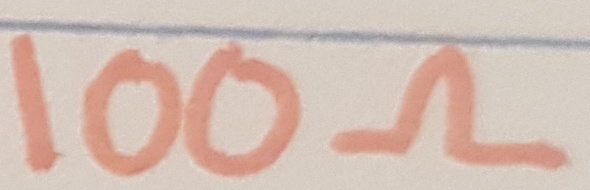
Text: 100Ω